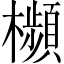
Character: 㰋